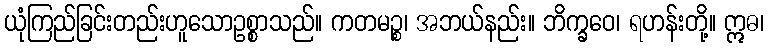
ယုံကြည်ခြင်းတည်းဟူသောဥစ္စာသည်။ ကတမဉ္စ၊ အဘယ်နည်း။ ဘိက္ခဝေ၊ ရဟန်းတို့။ ဣဓ၊